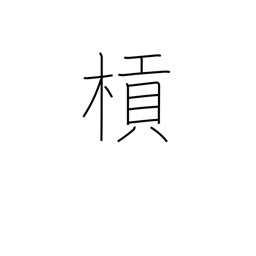
Meaning: lever